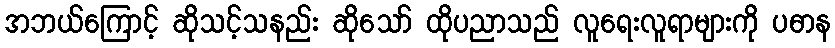
အဘယ်ကြောင့် ဆိုသင့်သနည်း ဆိုသော် ထိုပညာသည် လူရေးလူရာများကို ပဓာန